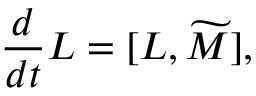
{ \frac { d } { d t } } { L } = [ L , \widetilde { M } ] ,